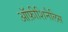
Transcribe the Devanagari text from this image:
ऑफ़ीशिनैलिस